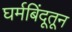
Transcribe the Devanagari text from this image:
घर्मबिंदूतून